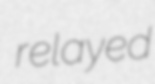
relayed